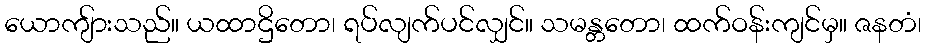
ယောကျ်ားသည်။ ယထာဌိတော၊ ရပ်လျက်ပင်လျှင်။ သမန္တတော၊ ထက်ဝန်းကျင်မှ။ ဇနတံ၊